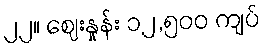
၂၂။ ဈေးနှုန်း ၁၂,၅၀၀ ကျပ်